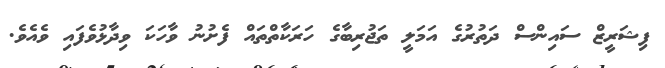
ފިޝަރީޒް ސައިންސް ދަތުރުގެ އަމަލީ ތަޖުރިބާގެ ހަރަކާތްތައް ފެށުނު ވާހަކަ ވިދާޅުވެފައި ވެއެވެ.